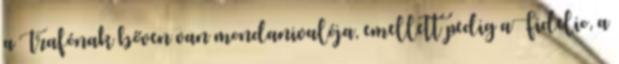
a Trafónak bőven van mondanivalója, emellett pedig aFidelio, a